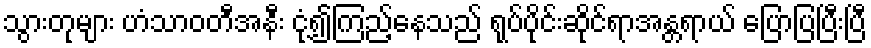
သွားတုများ ဟံသာဝတီအနီး ငုံ့၍ကြည့်နေသည် ရုပ်ပိုင်းဆိုင်ရာအန္တရာယ် ပြောပြပြီးပြီ